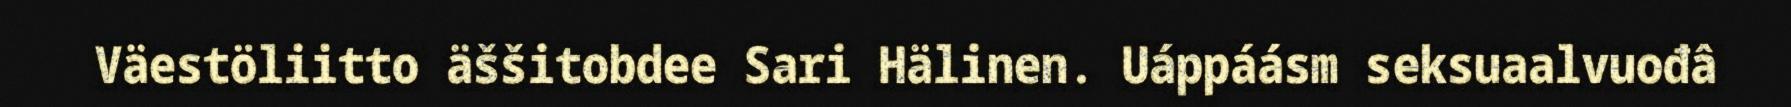
Väestöliitto äššitobdee Sari Hälinen. Uáppáásm seksuaalvuođâ